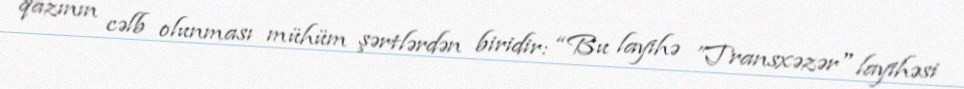
qazının cəlb olunması mühüm şərtlərdən biridir: “Bu layihə ”Transxəzər" layihəsi